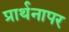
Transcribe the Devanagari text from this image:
प्रार्थनापर